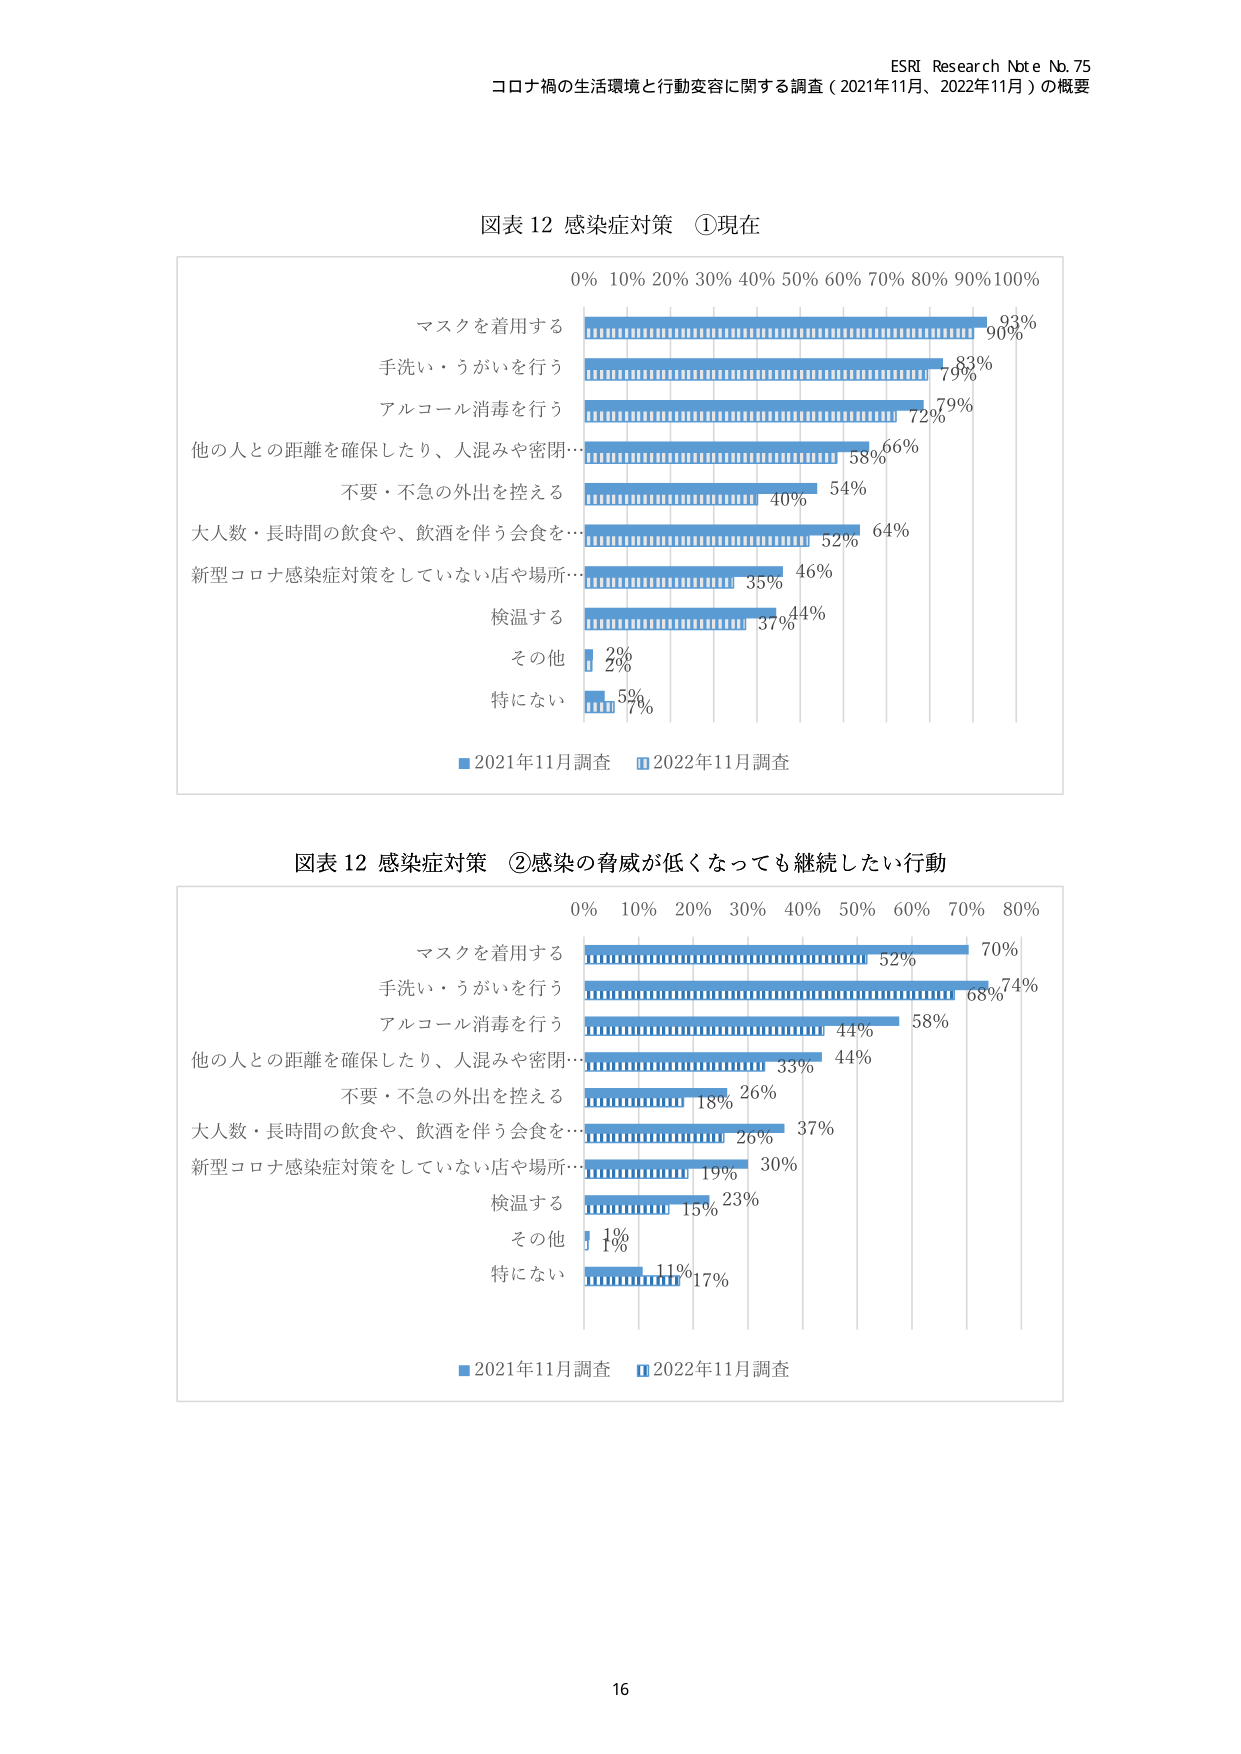
ESRI Research Note No. 75
コロナ禍の生活環境と行動変容に関する調査（2021年11月、2022年11月）の概要

図表12 感染症対策 ①現在
0% 10% 20% 30% 40% 50% 60% 70% 80% 90% 100%
マスクを着用する 93% 90%
手洗い・うがいを行う 83% 79%
アルコール消毒を行う 79% 72%
他の人との距離を確保したり、人混みや密閉… 66% 58%
不要・不急の外出を控える 54% 40%
大人数・長時間の飲食や、飲酒を伴う会食を… 64% 52%
新型コロナ感染症対策をしていない店や場所… 46% 35%
検温する 44% 37%
その他 2%
特になし 7% 5%
■2021年11月調査 □2022年11月調査

図表12 感染症対策 ②感染の脅威が低くなっても継続したい行動
0% 10% 20% 30% 40% 50% 60% 70% 80%
マスクを着用する 70% 52%
手洗い・うがいを行う 74% 68%
アルコール消毒を行う 58% 44%
他の人との距離を確保したり、人混みや密閉… 44% 33%
不要・不急の外出を控える 26% 18%
大人数・長時間の飲食や、飲酒を伴う会食を… 37% 26%
新型コロナ感染症対策をしていない店や場所… 30% 19%
検温する 23% 15%
その他 1%
特になし 17% 11%
■2021年11月調査 □2022年11月調査

16